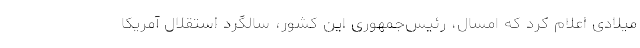
میلادی اعلام کرد که امسال، رئیس‌جمهوری این کشور، سالگرد استقلال آمریکا